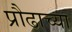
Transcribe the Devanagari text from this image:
प्रौढाच्या